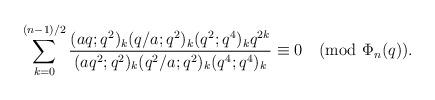
LaTeX: \begin{align*}\sum_{k=0}^{(n-1)/2}\frac{(aq;q^2)_k (q/a;q^2)_k (q^2;q^4)_k q^{2k}}{(aq^2;q^2)_k(q^2/a;q^2)_k (q^4;q^4)_k}\equiv 0\pmod{\Phi_n(q)}.\end{align*}